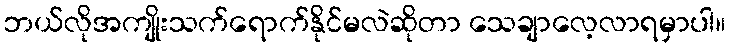
ဘယ်လိုအကျိုးသက်ရောက်နိုင်မလဲဆိုတာ သေချာလေ့လာရမှာပါ။